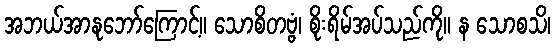
အဘယ်အာနုဘော်ကြောင့်။ သောစိတဗ္ဗံ၊ စိုးရိမ်အပ်သည်ကို။ န သောစသိ၊